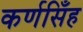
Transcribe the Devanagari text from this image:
कर्णसिँह